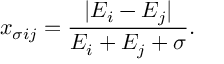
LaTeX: x _ { \sigma i j } = { \frac { | E _ { i } - E _ { j } | } { E _ { i } + E _ { j } + \sigma } } .